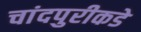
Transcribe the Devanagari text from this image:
चांदपुरीकडे